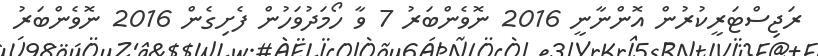
ރަޖިސްޓަރީކުރުން އޮންނާނީ 2016 ނޮވެންބަރު 7 ވާ ހޯމަދުވަހުން ފެށިގެން 2016 ނޮވެންބަރު